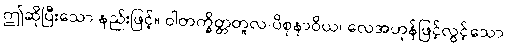
ဤဆိုပြီးသော နည်းဖြင့်။ ဝါတက္ခိတ္တတူလ-ပိစုနာဝိယ၊ လေအဟုန်ဖြင့်လွင့်သော